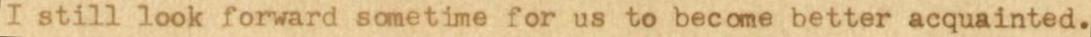
I still look forward sometime for us to become better acquainted.